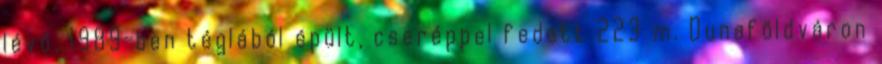
lévő, 1989-ben téglából épült, cseréppel fedett 223 m. Dunaföldváron